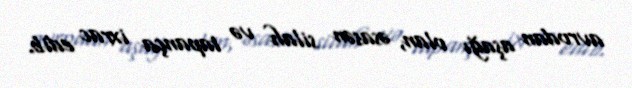
avrodan aşağı olan, əsasən silah və tapança ixrac edib.